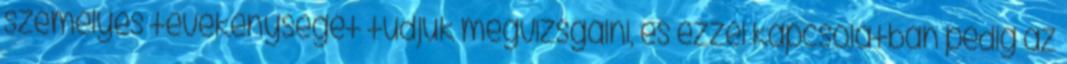
személyes tevékenységét tudjuk megvizsgálni, és ezzel kapcsolatban pedig az